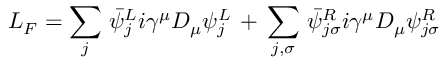
{ \cal L } _ { F } = \sum _ { j } \, \bar { \psi } _ { j } ^ { L } i \gamma ^ { \mu } D _ { \mu } \psi _ { j } ^ { L } \, + \, \sum _ { j , \sigma } \, \bar { \psi } _ { j \sigma } ^ { R } i \gamma ^ { \mu } D _ { \mu } \psi _ { j \sigma } ^ { R }